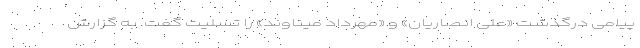
پیامی درگذشت «علی انصاریان» و «مهرداد میناوند» را تسلیت گفت. به گزارش